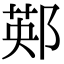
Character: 䣐